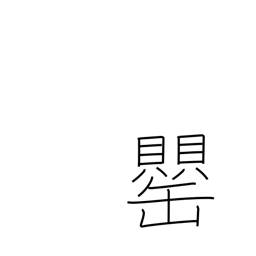
Meaning: vase